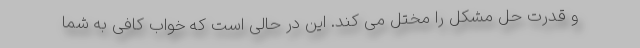
و قدرت حل مشکل را مختل می کند. این در حالی است که خواب کافی به شما